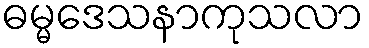
ဓမ္မဒေသနာကုသလာ